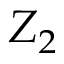
Z _ { 2 }